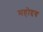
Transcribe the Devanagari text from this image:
महोद्दय